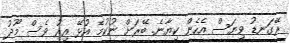
ރޭގަނޑު ވިޔަސް އެހެން ކިޔާނެ. ބޭރަށް ނުކުމެ އުޅޭ އިރު ވެސް މޫދު